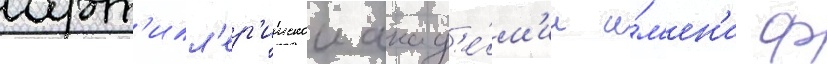
арт'илл'ер'иискои акад'е́м'ии и́м'ен'и ф